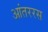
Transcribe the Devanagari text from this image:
आंतररस